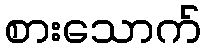
စားသောက်